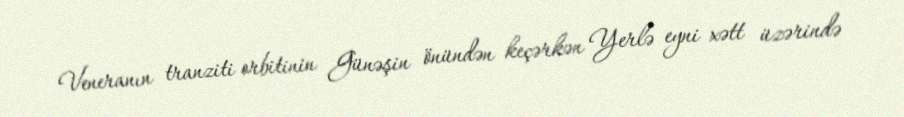
Veneranın tranziti orbitinin Günəşin önündən keçərkən Yerlə eyni xətt üzərində